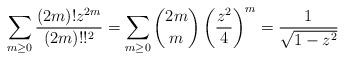
LaTeX: \begin{align*}\sum_{m\geq 0} \frac{(2m)! z^{2m}}{(2m)!!^2} = \sum_{m\geq 0} \binom{2m}{m} \left(\frac{z^2}{4}\right)^m = \frac{1}{\sqrt{1-z^2}}\end{align*}